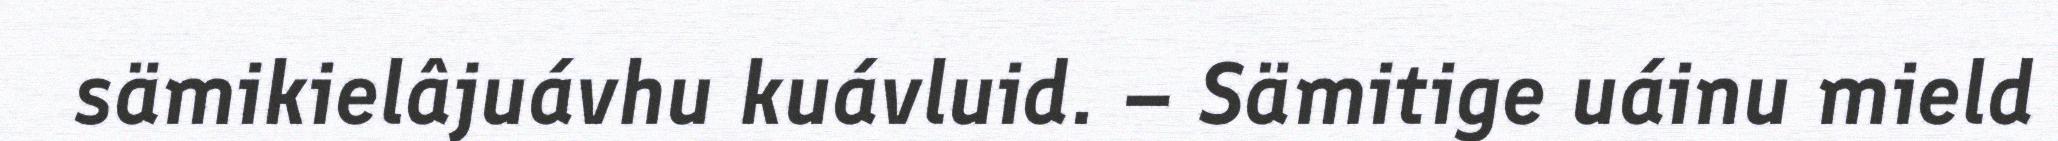
sämikielâjuávhu kuávluid. – Sämitige uáinu mield